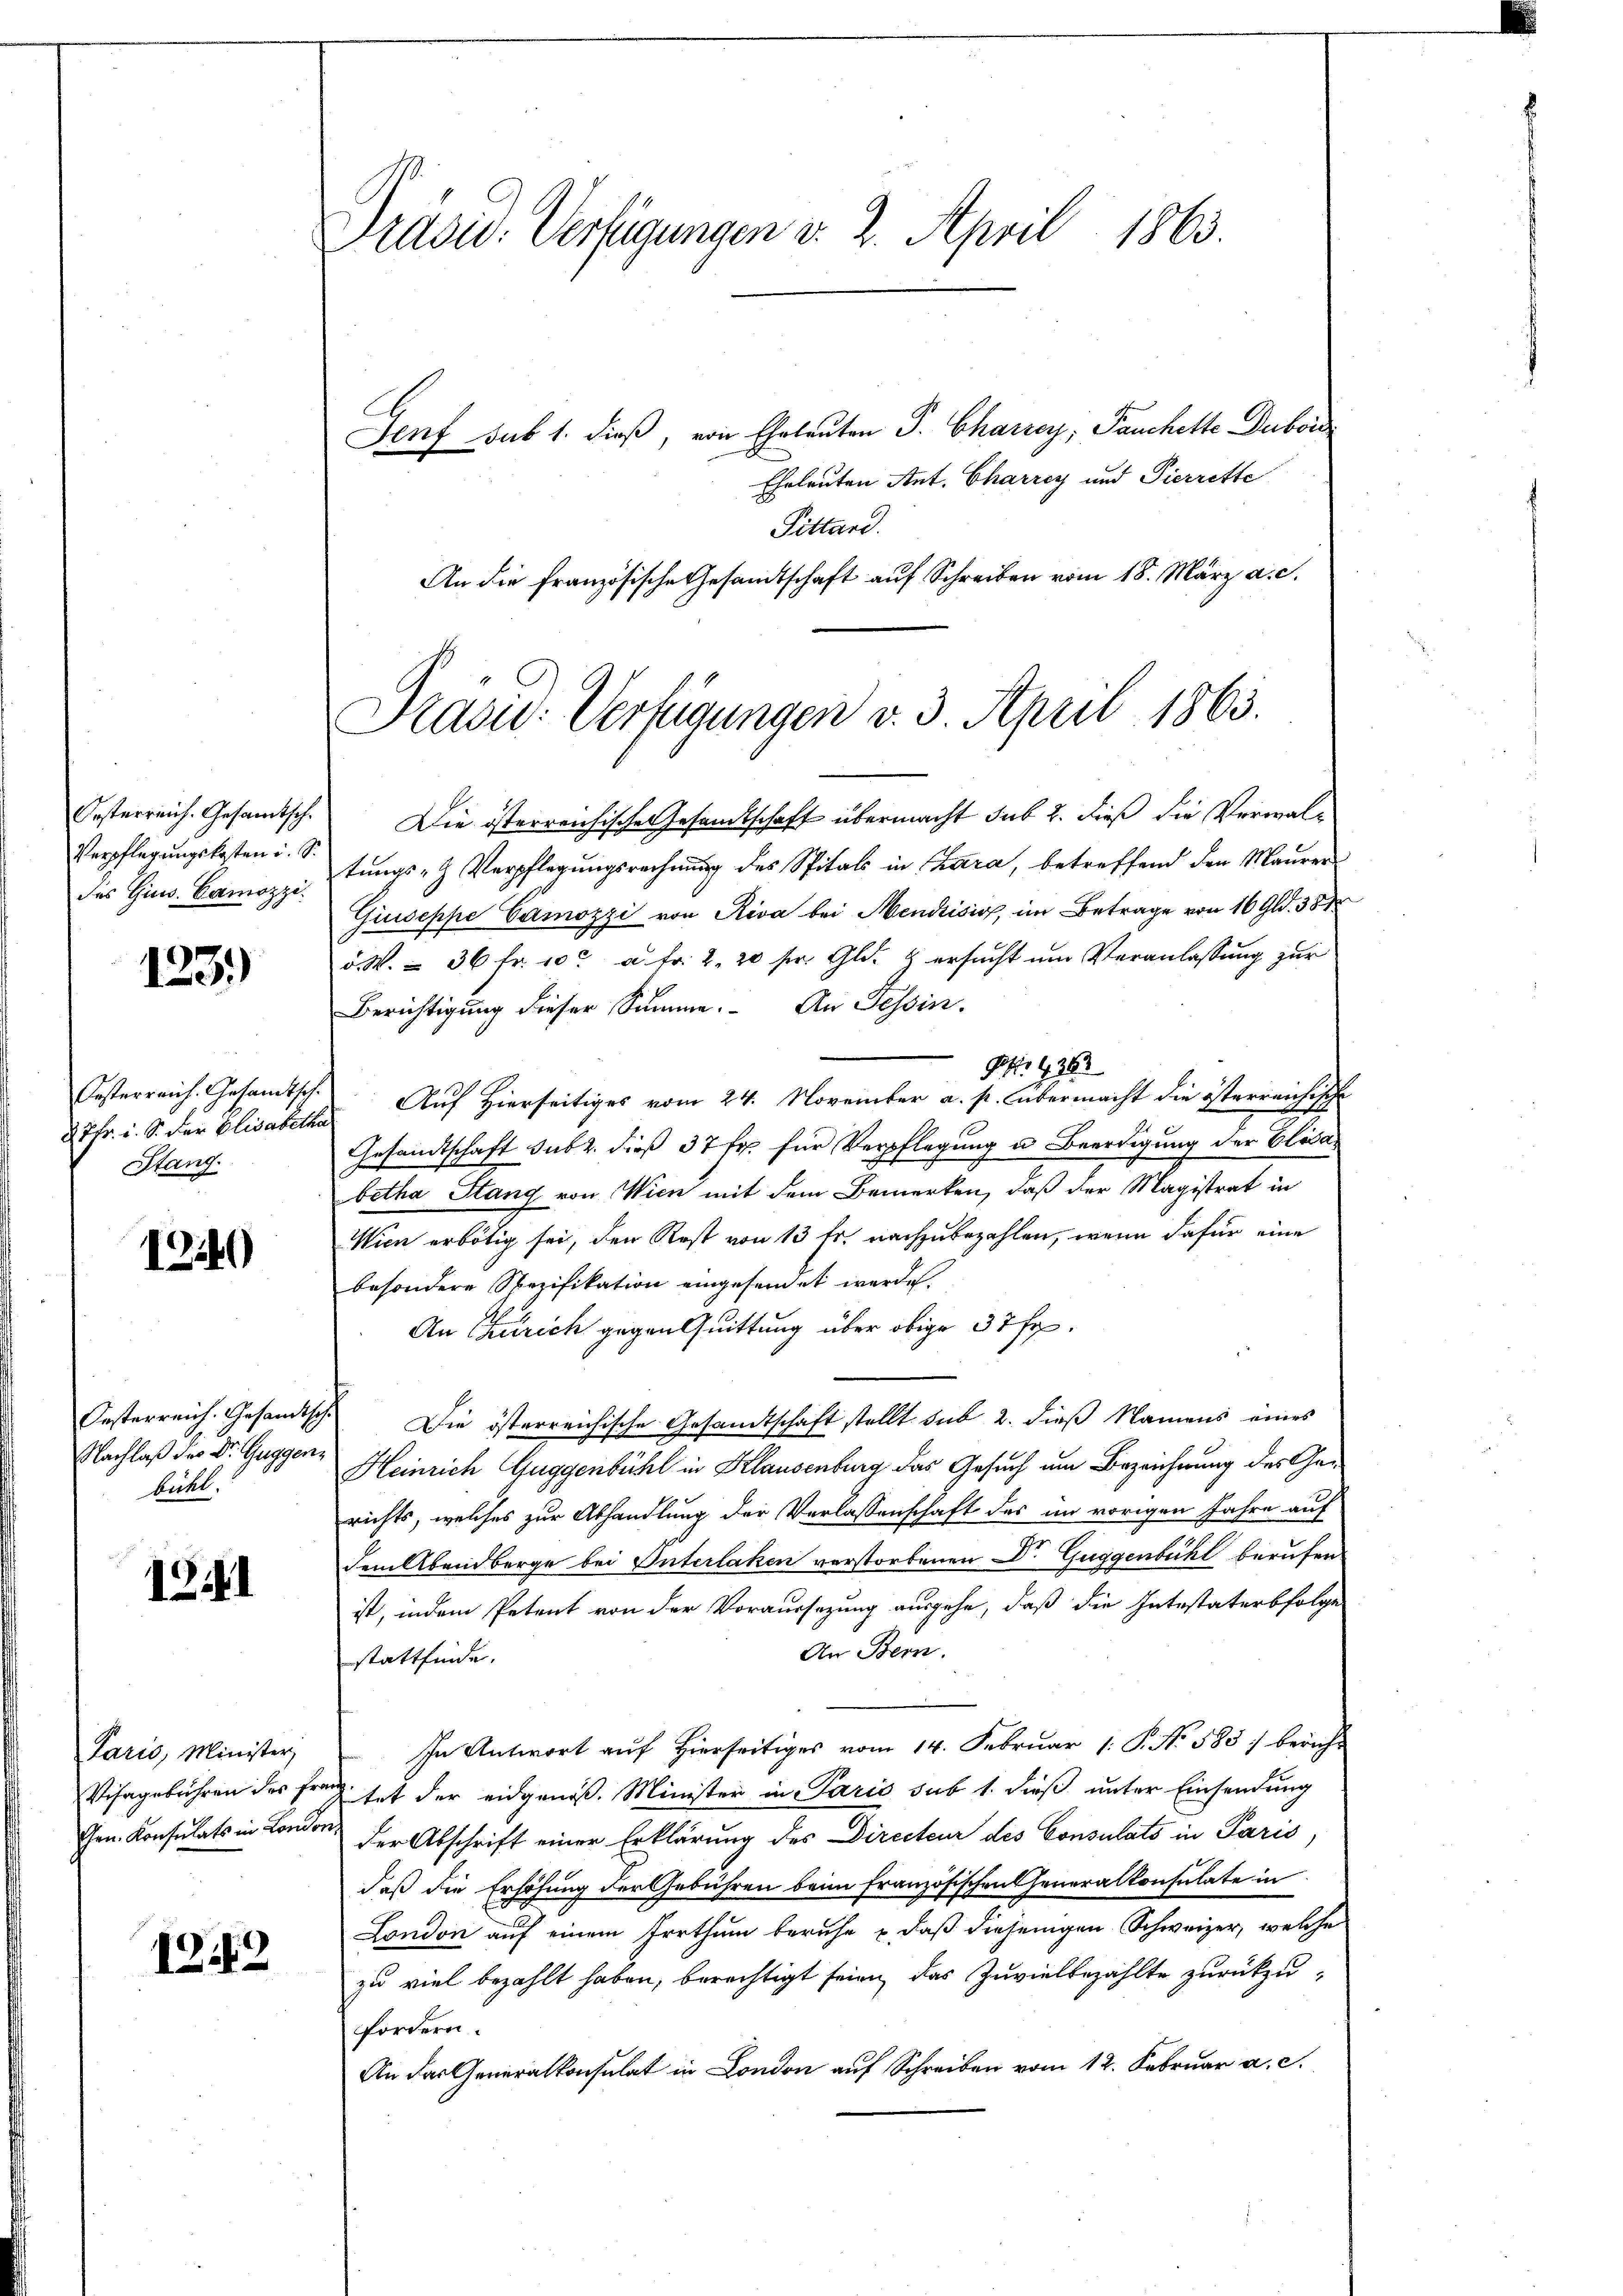
Gesterreich. Gesandtsch
Verpflegungskosten i. S.
des Gius. Camozzi.

123.)

Oesterreich. Gesandtsch
27fr. u. S. der Elisabeth
Stang

1340)

Oesterreich. Gesandtsch
Nachlaß der Dr. Guggen.
bühl.

1241

Paris, Minister,
Vihagebühren des Fr
Chrn. Konsulats in Londo.

1252

Präsid. Verfügungen v. 2. April 1863.

Genf sub 1. dieß, von Eheleuten P. Charrey, Panchette Dubois
Eheleuten Ant. Charrey und Pierrette
Pittand.
An die französische Gesamtschaft auf Schreiben vom 18. März a. c.
Präsid.: Verfügungen v. 3. April 1863.

Die österreichische Gesamtschaft übermacht sub 2. dieß die Verwaltungs- & Verpflegungsrechnung des Spitals in Chara, betreffend den Maurer
Giuseppe Camozzi von Riva bei Mendrisis, im Betrage von 16 Gld. 381
d. W. = 36 Fr. 10. a. Fr. 2. 20 fr. Gld. 4 ersucht um Veranlassung zur
Berichtigung dieser Summe. An Tessin.
pt. 1362
Auf Hierseitiges vom 24. November a. p. übermacht die österreichisch
Gesandtschaft sub 2. dieß 37 Fr. für Verpflegung u Beerdigung der Elisa
betha Stang von Wien mit dem Bemerken, daß der Magistrat in
Wien erbötig sei, den Rost von 13 fr. nachzubezahlen, wenn dafür eine
besondere Spezifikation eingesendet werden.
An Zürich gegen Quittung über obige 37 Fr.
 Die österreichische Gesandtschaft stellt sub 2. dieß Namens eines
Heinrich Guggenbühl in Klausenburg das Gesuch um Bezeichnung des Gerichts, welches zur Abhandlung der Verlassenschaft des im vorigen Jahre auf
dem Abendberge bei Interlaken verstorbenen Dr. Guggenbühl berufen
ist, indem Petent von der Voraussezung ausgehe, daß die Intestaterbfolge
An Bern.
stattfinde.
In Antwort auf Hierseitiges vom 14. Februar 1: P. No. 583 bericht
 tat der eidgenöß. Minister in Paris sub 1. dieß unter Einsendung
der Abschrift einer Erklärung des Directeur des Consulats in Paris,
daß die Erhöhung der Gebühren beim französischen Generalkonsulate in
London auf einem Irrthum beruhe u. daß diejenigen Schweizer, welche
zu viel bezahlt haben, berechtigt seien, das Zuviel bezahlte zurückzufordern.
An das Generalkonsulat in London auf Schreiben vom 12. Februar a. c.